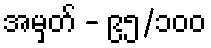
အမှတ် - ၉၅/၁၀၀